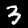
Digit: 3